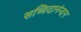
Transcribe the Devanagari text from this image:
सच्चिदानंन्दन